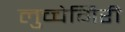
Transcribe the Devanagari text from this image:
लुच्चेगिरी